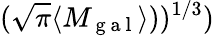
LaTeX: (\sqrt{\pi}\langle M_{\mathrm{~g~a~l~}}\rangle))^{1/3})